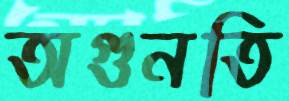
অগুনতি